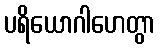
ပရိယောဂါဟေတွာ